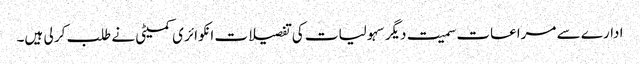
ادارے سے مراعات سمیت دیگر سہولیات کی تفصیلات انکوائر ی کمیٹی نے طلب کر لی ہیں۔